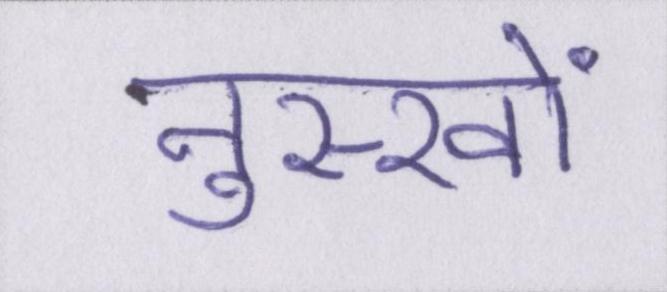
नुस्खों